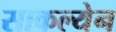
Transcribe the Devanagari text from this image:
साकल्येन